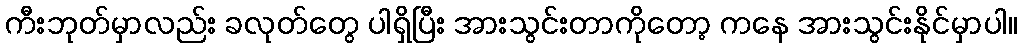
ကီးဘုတ်မှာလည်း ခလုတ်တွေ ပါရှိပြီး အားသွင်းတာကိုတော့ ကနေ အားသွင်းနိုင်မှာပါ။